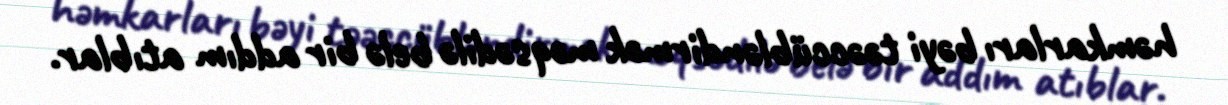
həmkarları bəyi təəccübləndirmək məqsədilə belə bir addım atıblar.